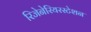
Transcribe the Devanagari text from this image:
रिजेनेरियरस्टेशन